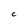
Character: C